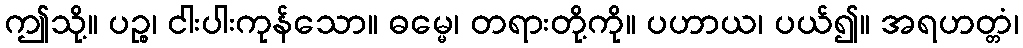
ဤသို့။ ပဉ္စ၊ ငါးပါးကုန်သော။ ဓမ္မေ၊ တရားတို့ကို။ ပဟာယ၊ ပယ်၍။ အရဟတ္တံ၊